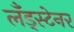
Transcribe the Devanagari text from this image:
लँड्स्टेनर